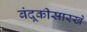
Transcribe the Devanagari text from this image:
बंदूकीसारखे